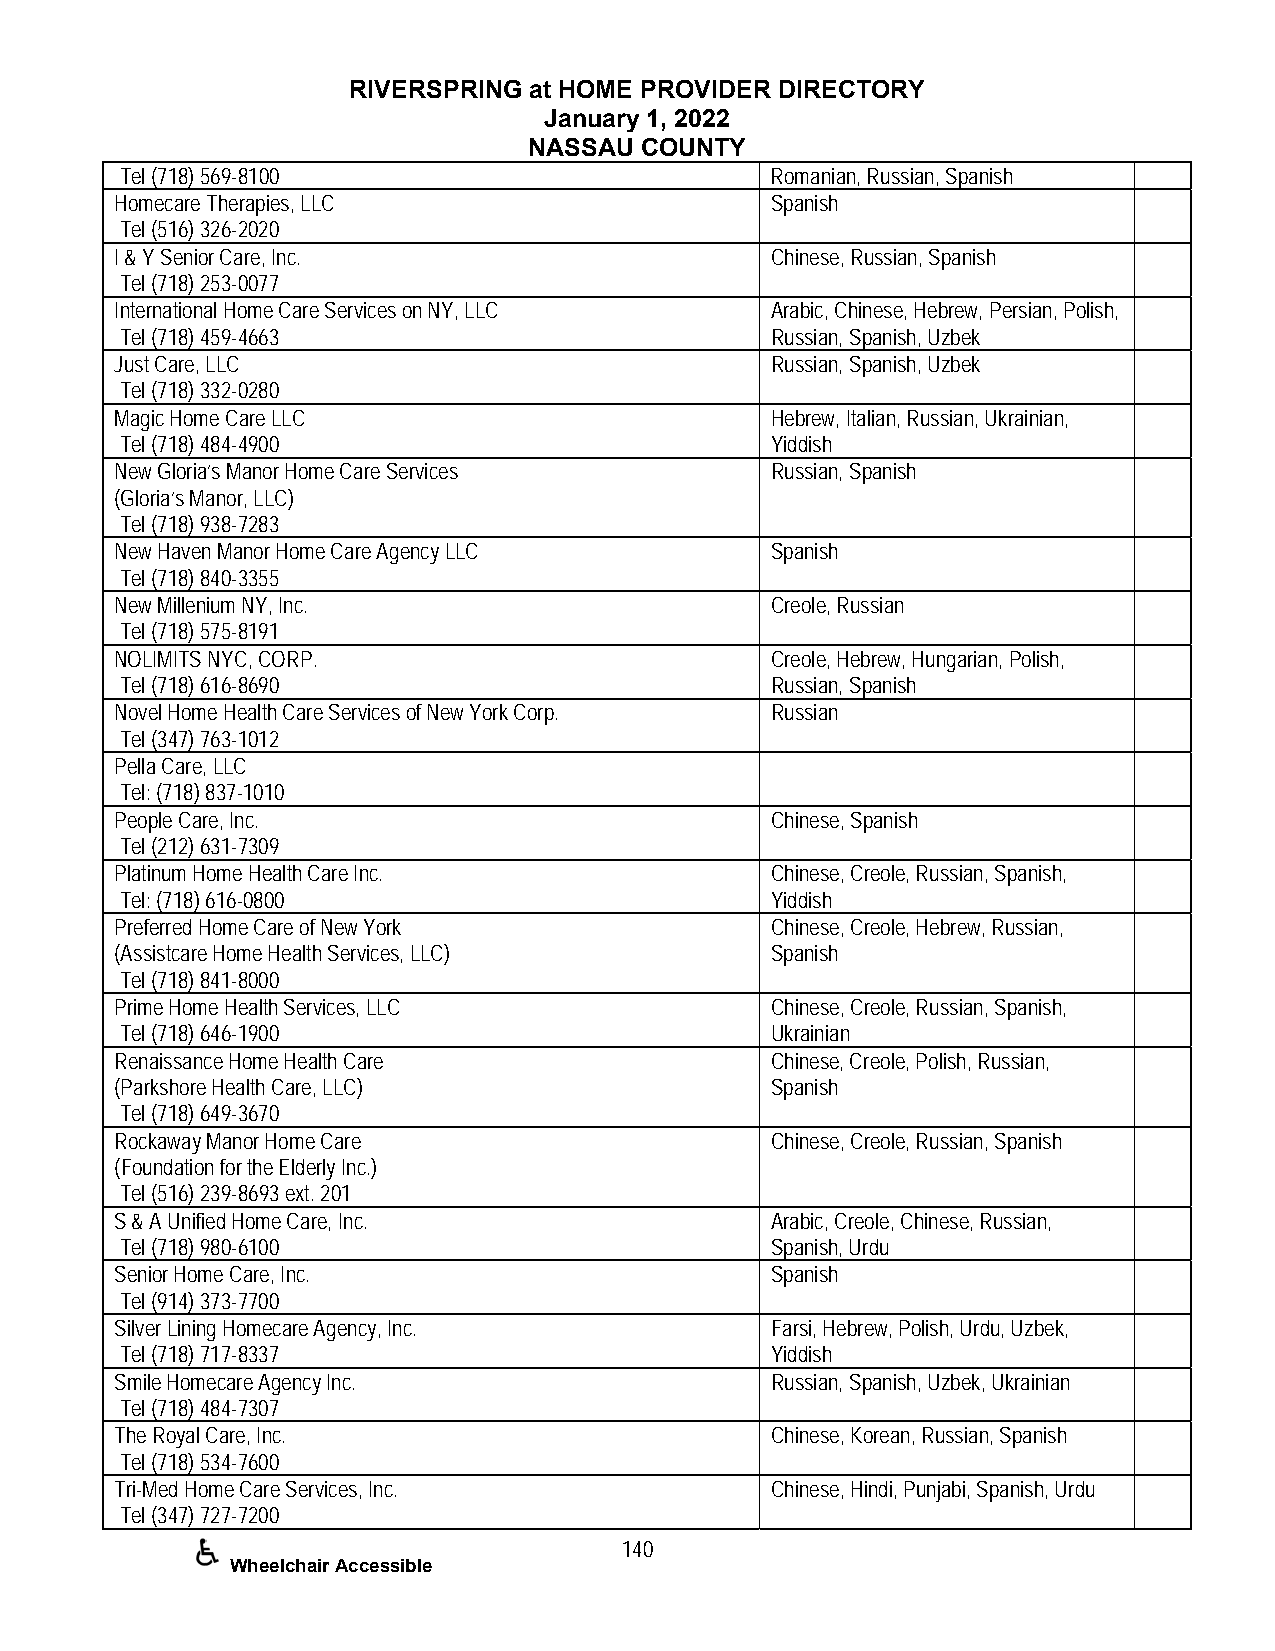
RIVERSPRING at HOME PROVIDER DIRECTORY
 January 1, 2022
 NASSAU COUNTY
 Tel (718) 569-8100                         Romanian, Russian, Spanish
 Homecare Therapies, LLC                    Spanish
 Tel (516) 326-2020
 I & Y Senior Care, Inc.                    Chinese, Russian, Spanish
 Tel (718) 253-0077
 International Home Care Services on NY, LLC Arabic, Chinese, Hebrew, Persian, Polish,
 Tel (718) 459-4663                         Russian, Spanish, Uzbek
 Just Care, LLC                             Russian, Spanish, Uzbek
 Tel (718) 332-0280
 Magic Home Care LLC                        Hebrew, Italian, Russian, Ukrainian,
 Tel (718) 484-4900                         Yiddish
 New Gloria’s Manor Home Care Services      Russian, Spanish
 (Gloria’s Manor, LLC)
 Tel (718) 938-7283
 New Haven Manor Home Care Agency LLC       Spanish
 Tel (718) 840-3355
 New Millenium NY, Inc.                     Creole, Russian
 Tel (718) 575-8191
 NOLIMITS NYC, CORP.                        Creole, Hebrew, Hungarian, Polish,
 Tel (718) 616-8690                         Russian, Spanish
 Novel Home Health Care Services of New York Corp. Russian
 Tel (347) 763-1012
 Pella Care, LLC
 Tel: (718) 837-1010
 People Care, Inc.                          Chinese, Spanish
 Tel (212) 631-7309
 Platinum Home Health Care Inc.             Chinese, Creole, Russian, Spanish,
 Tel: (718) 616-0800                        Yiddish
 Preferred Home Care of New York            Chinese, Creole, Hebrew, Russian,
 (Assistcare Home Health Services, LLC)     Spanish
 Tel (718) 841-8000
 Prime Home Health Services, LLC            Chinese, Creole, Russian, Spanish,
 Tel (718) 646-1900                         Ukrainian
 Renaissance Home Health Care               Chinese, Creole, Polish, Russian,
 (Parkshore Health Care, LLC)               Spanish
 Tel (718) 649-3670
 Rockaway Manor Home Care                   Chinese, Creole, Russian, Spanish
 (Foundation for the Elderly Inc.)
 Tel (516) 239-8693 ext. 201
 S & A Unified Home Care, Inc.              Arabic, Creole, Chinese, Russian,
 Tel (718) 980-6100                         Spanish, Urdu
 Senior Home Care, Inc.                     Spanish
 Tel (914) 373-7700
 Silver Lining Homecare Agency, Inc.        Farsi, Hebrew, Polish, Urdu, Uzbek,
 Tel (718) 717-8337                         Yiddish
 Smile Homecare Agency Inc.                 Russian, Spanish, Uzbek, Ukrainian
 Tel (718) 484-7307
 The Royal Care, Inc.                       Chinese, Korean, Russian, Spanish
 Tel (718) 534-7600
 Tri-Med Home Care Services, Inc.           Chinese, Hindi, Punjabi, Spanish, Urdu
 Tel (347) 727-7200
 140
 Wheelchair Accessible